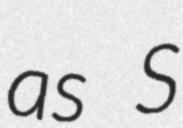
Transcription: as S